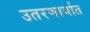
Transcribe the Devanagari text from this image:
उतरणार्यात